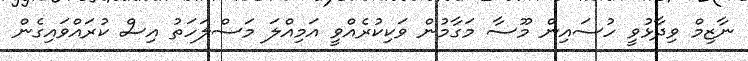
ނާޒިމް ވިދާޅުވީ ހުސައިން މޫސާ މަގާމުން ވަކިކުރެއްވީ އަމިއްލަ މަސްލަހަތު އިސް ކުރައްވައިގެން